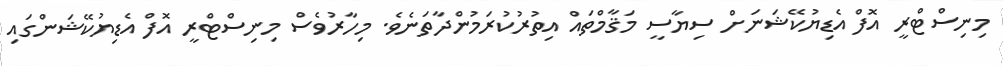
މިނިސްޓްރީ އޮފް އެޑިޔުކޭޝަނަށް ސިޔާސީ މަޤާމްތައް އިތުރުކުރަމުންދާތަނެވެ. މިހާރުވެސް މިނިސްޓްރީ އޮފް އެޑިޔުކޭޝަންގައި